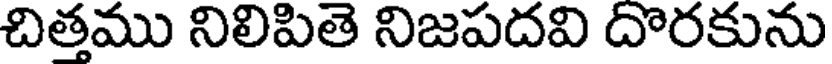
చితము నిలిపితె నిజపదవి దొరకును